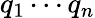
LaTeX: q_{1}\cdots q_{n}